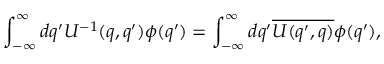
\int _ { - \infty } ^ { \infty } d q ^ { \prime } U ^ { - 1 } ( q , q ^ { \prime } ) \phi ( q ^ { \prime } ) = \int _ { - \infty } ^ { \infty } d q ^ { \prime } \overline { { { U ( q ^ { \prime } , q ) } } } \phi ( q ^ { \prime } ) ,